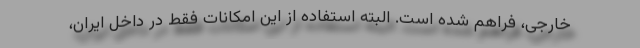
خارجی، فراهم شده است. البته استفاده از این امکانات فقط در داخل ایران،